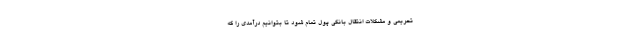
تحریمی و مشکلات انتقال بانکی پول تمام شود تا بتوانیم درآمدی را که